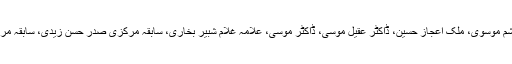
تقریب میں علامہ غلام عباس رئیسی، علامہ حسنین گردیزی، سابقہ مرکزی صدر ناصر شیرازی، علامہ ہاشم موسوی، ملک اعجاز حسین، ڈاکٹر عقیل موسیٰ، ڈاکٹر موسیٰ، علامہ غلام شبیر بخاری، سابقہ مرکزی صدر حسن زیدی، سابقہ مرکزی صدور اطہر عمران، تہور حیدری، سرفراز حسینی سمیت درجنوں سیکڑوں شخصیات نے شرکت کی ۔